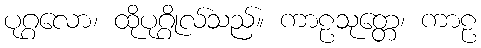
ပုဂ္ဂလော၊ ထိုပုဂ္ဂိုလ်သည်။ ကာဠသုတ္တေ၊ ကာဠ